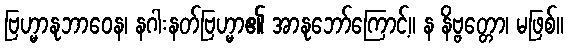
ဗြဟ္မာနုဘာဝေန၊ နဂါးနတ်ဗြဟ္မာ၏ အာနုဘော်ကြောင့်။ န နိဗ္ဗတ္တော၊ မဖြစ်။